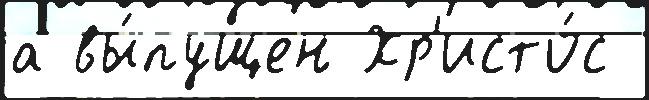
а вы́пущен Хр'исто́с